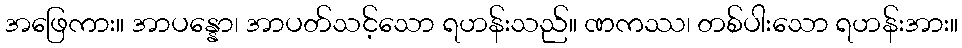
အဖြေကား။ အာပန္နော၊ အာပတ်သင့်သော ရဟန်းသည်။ ဏကဿ၊ တစ်ပါးသော ရဟန်းအား။